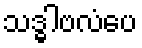
သဒ္ဓါဗလံပေ